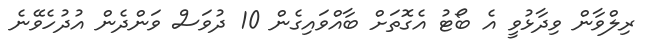
ރިލްވާން ވިދާޅުވީ އެ ބޯޓު އެގޮތަށް ބާއްވައިގެން 10 ދުވަސް ވަންދެން އުދުހެވޭނެ